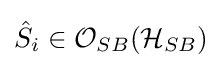
{\hat {S}}_{i}\in {\mathcal {O}}_{SB}({\mathcal {H}}_{SB})